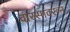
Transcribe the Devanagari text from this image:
वारसावरून